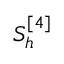
S _ { h } ^ { [ 4 ] }